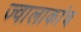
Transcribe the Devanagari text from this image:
ज्वालाकांच